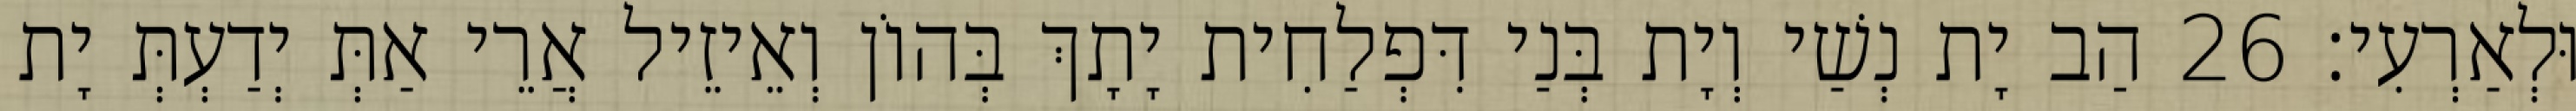
וּלְאַרְעִי׃ 26 הַב יָת נְשַׁי וְיָת בְּנַי דִּפְלַחִית יָתָךְ בְּהוֹן וְאֵיזֵיל אֲרֵי אַתְּ יְדַעְתְּ יָת